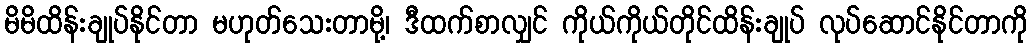
မိမိထိန်းချုပ်နိုင်တာ မဟုတ်သေးတာမို့၊ ဒီထက်စာလျှင် ကိုယ်ကိုယ်တိုင်ထိန်းချုပ် လုပ်ဆောင်နိုင်တာကို